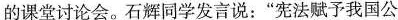
的课堂讨论会。石辉同学发言说：”宪法赋予我国公